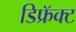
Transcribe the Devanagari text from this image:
डिफ्रॅक्ट